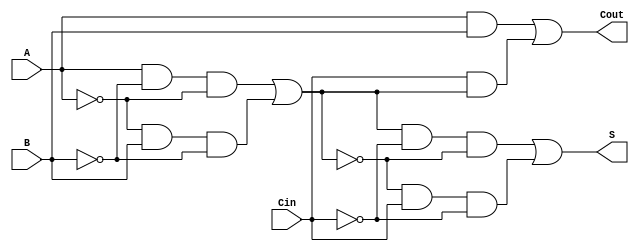
module transmission_gate_full_adder (
    input wire A,
    input wire B,
    input wire Cin,
    output wire S,
    output wire Cout
);

// Internal wires for intermediate results
wire AxorB;
wire A_and_B;
wire Cin_and_AxorB;

// Transmission Gate for A XOR B
assign AxorB = (A & ~B & ~A) | (~A & B & ~B);

// Transmission Gate for Sum (S)
assign S = (AxorB & ~Cin & ~AxorB) | (~AxorB & Cin & ~Cin);

// Transmission Gates for Carry-out (Cout)
assign A_and_B = A & B;  // A AND B
assign Cin_and_AxorB = Cin & AxorB; // Cin AND (A XOR B)
assign Cout = A_and_B | Cin_and_AxorB; // Cout = (A AND B) OR (Cin AND (A XOR B))

endmodule